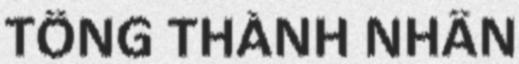
TỐNG THÀNH NHÂN